Report of the Municipal Commissioner on the plague in Bombay for the year ending 31st May... - Volume 1
Disease focus: Plague
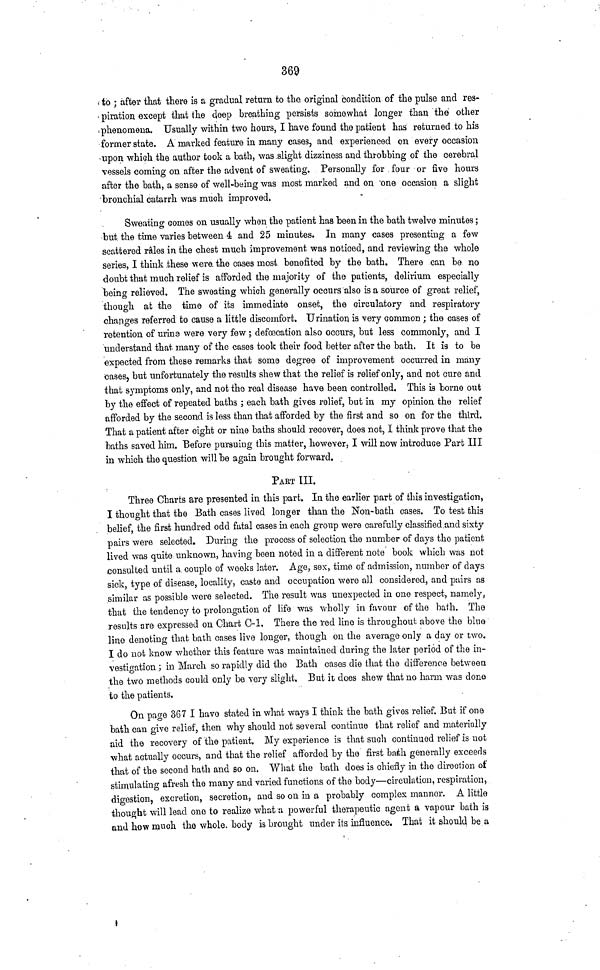
369
to ; after that there is a gradual return to the. original condition of the pulse and res-
piration except that the deep breathing persists somewhat longer than the other
phenomena. Usually within two hours, I have found the patient has returned to his
former state. A marked feature in many cases, and experienced on every occasion
upon which the author took a bath, was slight dizziness and throbbing of the cerebral
vessels coining on after the advent of sweating. Personally for four or five hours
after the bath, a sense of well-being was most marked and on one occasion a slight
bronchial catarrh was much improved.
Sweating comes on usually when the patient has been in the bath twelve minutes;
but the time varies between 4 and 25 minutes. In many cases presenting a few
scattered r&les in the chest much improvement was noticed, and reviewing the whole
series, I think these were, the cases most benefited by the bath. There can be no
doubt that much relief is afforded the majority of the patients, delirium especially
being relieved. The sweating which generally occurs also is a source of great relief,
though at the time of its immediate onset, the circulatory and respiratory
changes referred to cause a little discomfort. Urination is very common ; the cases of
retention of urins were very few ; defecation also occurs, but less commonly, and I
understand that many of the cases took their food better after the bath. It is to be
expected from these remarks that some degree of improvement occurred in many
cases, but unfortunately the results shew that the relief is relief only, and not cure and
that symptoms only, and not the real disease have been controlled. This is borne out
by the effect of repeated baths ; each bath gives relief, but in my opinion the relief
afforded by the second is less than that afforded by the first and so on for the third.
That a patient after eight or nine baths should recover, does not, I think prove that the
baths saved him. Before pursuing this matter, however, I will now introduce Part III
in which the question will be again brought forward.
PAET III.
Three Charts are presented in this part. In the earlier part of this investigation,
I thought that the Bath cases lived longer than the Non-bath cases. To test this
belief, the first hundred odd fatal cases in each group were carefully classified .and sixty
pairs were selected. During the process of selection the number of days the patient
lived was quite unknown, having been noted in a different note book which was not
consulted until a couple of weeks later. Age, sex, time of admission, number of days
sick, type of disease, locality, caste and occupation were all considered, and pairs as
similar as possible were selected. The result was unexpected in one respect, namely,
that the tendency to prolongation of life was wholly in favour of the balh. The
results are expressed on Chart C-l. There the red line is throughout, above the blue
line denoting that bath cases live longer, though on the average only a day or two.
I do not know whether this feature was maintained during the later period of the in-
vestigation } in March so rapidly did the Bath cases die that the difference between
the two methods could only be very slight. But it does shew that no harm was done
to the patients.
On page 367 I have stated in what ways I think the bath gives relief. But if one
bath can give relief, then why should not several continue that relief and materially
aid the recovery of the patient. My experience is that such continued relief is not
what actually occurs, and that the relief afforded by the first baih generally exceeds
that of the second bath and so on. What the bath does is chiefly in the direction of
stimulating afresh the many and varied functions of the body—circulation, respiration,
digestion, excretion, secretion, and so on in a probably complex manner. A little
thought will lead one to realize what a powerful therapeutic agent a vapour bath is
and how much the whole, body is brought under its influence. That it should be a